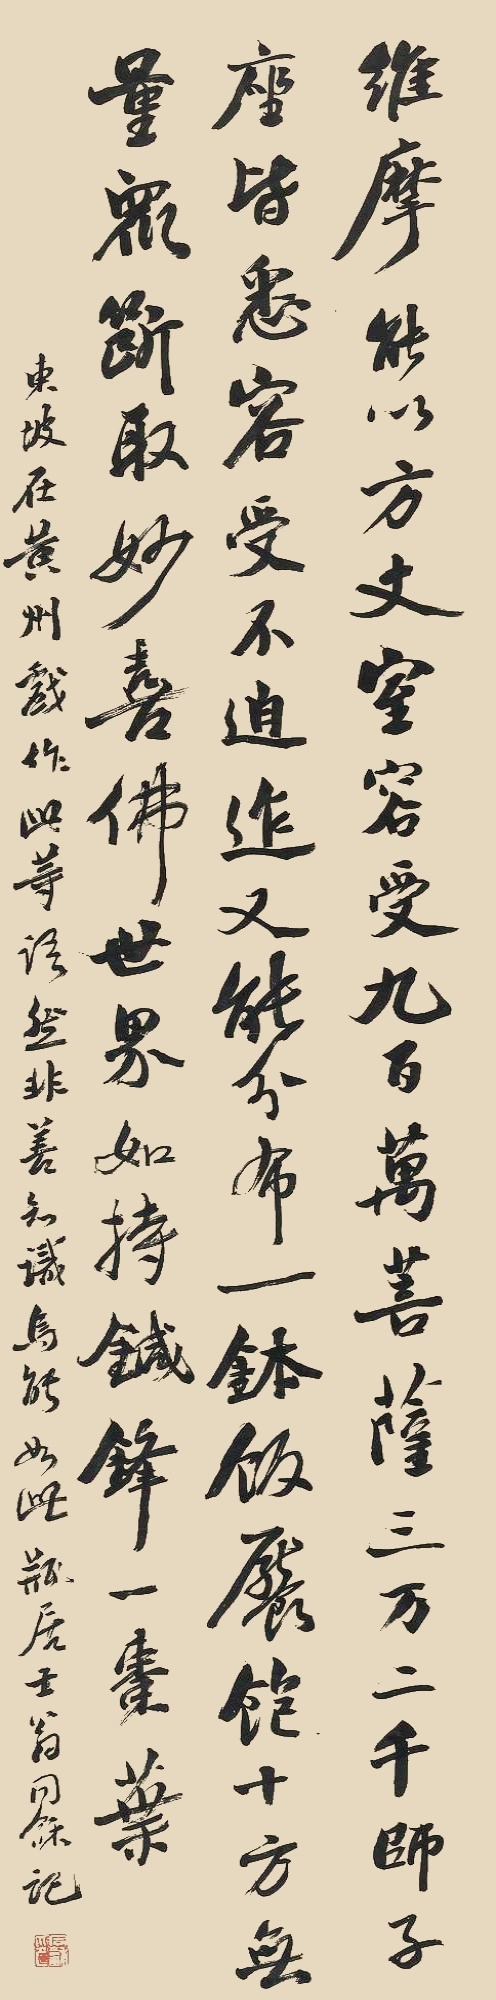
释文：维摩能以方丈室，容受九百万菩萨。三万二千师子座，皆悉容受不迫迮。又能分布钵饭，餍饱十方无量众。断取妙喜佛世界，如持针锋一枣叶。东坡在黄州戏作此等语，然非善知识乌能如此。瓶居士翁同龢记。